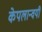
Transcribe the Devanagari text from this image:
केपलान्वयी